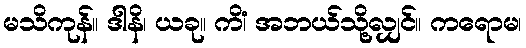
မသိကုန်။ ဒါနိ၊ ယခု။ ကိံ၊ အဘယ်သို့လျှင်။ ကရောမ၊